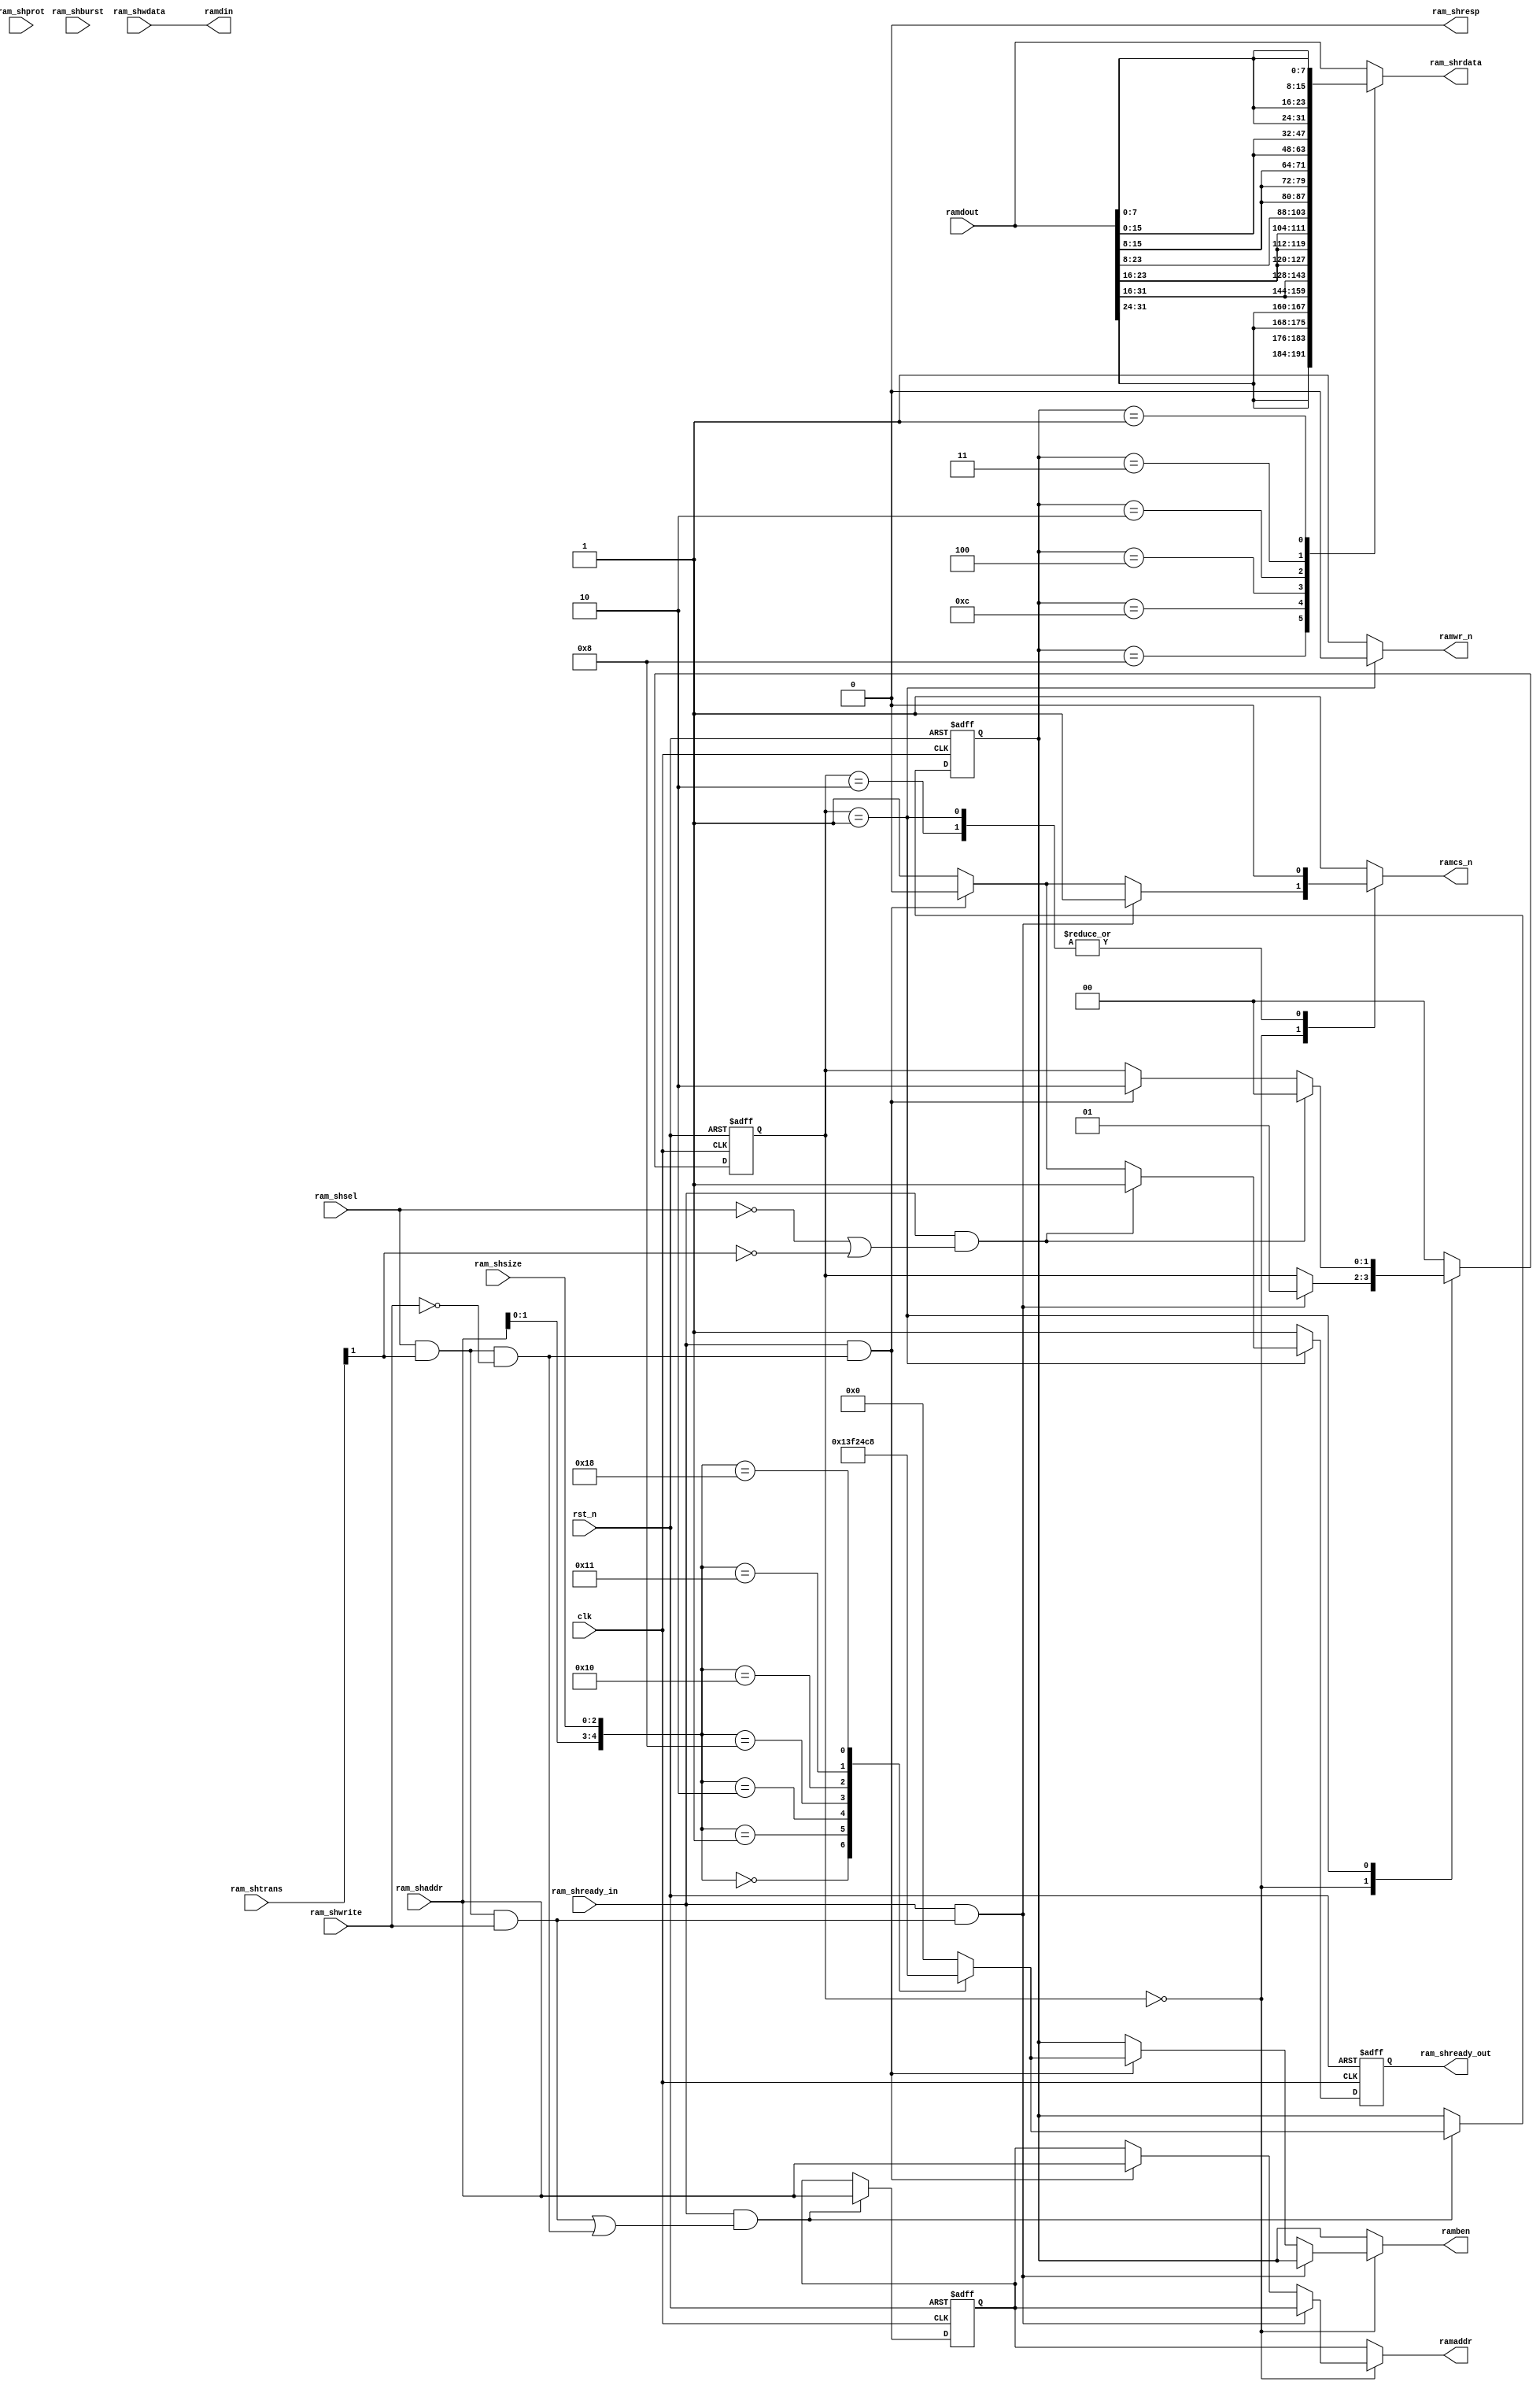

//************************************************************************//
//PODES:    Processor Optimization for Deeply Embedded System                                                                 
//Web:      http://www.mcucore.org                        
//Bug report: sunyata.peng@foxmail.com                                                                          
//Q_Q:   2143971503         
//************************************************************************//
//                                                                          
//  AMY_M0O - A demo MCU based on PODES_M0O Core                              
//                                      
//                                                                  
//************************************************************************//
// Version     : 1.0
// Description : AHB I/F SRAM controller.
//               
// -----------------------------History-----------------------------------//
// Date      BY   Version  Change Description
//
// 20200101  PODES   1.0      Initial Release. 
//                                                                        
//************************************************************************//
// --- CVS information:
// ---    $Author: $
// ---    $Revision: $
// ---    $Id: $
// ---    $Log$ 
//
//************************************************************************//

module  ahb_sram_ctrl
(
        //Ahb clock & reset
          clk,
          rst_n,
        
        //Ahb slave interface
          ram_shready_in,
          ram_shsel,
          ram_shaddr,
          ram_shtrans,
          ram_shwrite,
          ram_shwdata,
          ram_shsize,
          ram_shburst,
          ram_shprot,         
          ram_shrdata,
          ram_shready_out,
          ram_shresp,
        
        //Inner sram interface
          ramcs_n,
          ramaddr,
          ramdout,
          ramdin,
          ramben,
          ramwr_n
          
       );

//-----------------------------------------------------------//
//                          PARAMETERS                       //
//-----------------------------------------------------------//
// AHB slave state machine state
parameter IDLE            = 2'b00;
parameter WRITE           = 2'b01;
parameter WRITE_THEN_READ = 2'b10;

//-----------------------------------------------------------//
//                      INPUTS/OUTPUTS                       //
//-----------------------------------------------------------//  
input          clk;
input          rst_n;

input           ram_shready_in;
input           ram_shsel;
input  [31:0]   ram_shaddr;
input  [1:0]    ram_shtrans;
input           ram_shwrite;
input  [31:0]   ram_shwdata;
input  [2:0]    ram_shsize;  
input  [2:0]    ram_shburst;   
input  [3:0]    ram_shprot;  
output [31:0]   ram_shrdata;           
output          ram_shready_out;
output          ram_shresp;

output          ramcs_n;
output  [31:0]  ramaddr;
input   [31:0]  ramdout;
output  [31:0]  ramdin;
output  [3:0]   ramben;
output          ramwr_n;


//-----------------------------------------------------------//
//                    REGISTERS & WIRES                      //
//-----------------------------------------------------------//
               
reg [31:0]   ram_shrdata;           
reg          ram_shready_out;
wire          ram_shresp;

reg           ramcs_n;
reg  [31:0]   ramaddr;
reg  [31:0]   ramdin;
reg  [3:0]    ramben;
reg           ramwr_n;

reg  [1:0]    current_state;
reg  [1:0]    next_state;


//-----------------------------------------------------------//
//                          ARCHITECTURE                     //
//-----------------------------------------------------------//  
//This design is only valid for 0 waitstate ram/rom.
//if there exists one or more waitstates, it will be wrong.
//wire ram_range = (ram_shaddr[31:29] == 3'b001) ? 1'b1 : 1'b0;

wire ram_ahb_idle = (~ram_shsel) | (~ram_shtrans[1]); 
wire ram_ahb_wr  = ram_shsel & ram_shtrans[1] & ram_shwrite ;//& ram_range;
wire ram_ahb_rd  = ram_shsel & ram_shtrans[1] & ~ram_shwrite;// & ram_range;


//byte enable for little endian
reg [3:0]  byte_en;
always @ *
begin
    case ({ram_shaddr[1:0],ram_shsize})
    5'b00000: byte_en = 4'b0001;
    5'b00001: byte_en = 4'b0011;
    5'b00010: byte_en = 4'b1111;
    5'b01000: byte_en = 4'b0010;
    5'b10000: byte_en = 4'b0100;
    5'b10001: byte_en = 4'b1100;
    5'b11000: byte_en = 4'b1000;
    default : byte_en = 4'b0000; //if error, none byte will be used.
    endcase
end

reg [3:0]       byte_en_reg ;
reg [31:0]      ram_shaddr_reg;
always @(posedge clk or negedge rst_n)
begin
    if (~rst_n)
    begin
       byte_en_reg     <= 4'b0;
       ram_shaddr_reg  <= 32'b0;
    end
    else if (ram_shready_in && (ram_ahb_wr | ram_ahb_rd) )
    begin 
       byte_en_reg     <= byte_en;
       ram_shaddr_reg  <= ram_shaddr;
    end                                 
end


//state transition between read and write access.
reg nxt_ram_shready_out;
always @ (*)
begin
    nxt_ram_shready_out = 1'b1;
    ramcs_n = 1'b1;
    ramwr_n = 1'b1;
    ramben  = byte_en_reg;
    ramaddr = ram_shaddr_reg;
    ramdin  = ram_shwdata;
    next_state = current_state;
    
    case (current_state)
    IDLE:
        begin
          if(ram_shready_in && ram_ahb_wr ) //write at next state
          begin
            next_state = WRITE;
          end
          else if(ram_shready_in && ram_ahb_rd ) //normal read
          begin
            ramcs_n = 1'b0;
            ramaddr = ram_shaddr; 
            ramben  = byte_en;           
          end        
        end
    WRITE:
        begin
          ramcs_n = 1'b0;
          ramwr_n = 1'b0;
          if(ram_shready_in && ram_ahb_idle )  //no access
          begin
            next_state = IDLE;
          end
          else if(ram_shready_in && ram_ahb_rd ) //insert a waitstate for read
          begin
            nxt_ram_shready_out = 1'b0;
            next_state = WRITE_THEN_READ;  
          end  
        end
    WRITE_THEN_READ:
        begin
          ramcs_n = 1'b0; //delayed read operation.
          next_state = IDLE;        
        end
    default:
        begin
          next_state = IDLE;                
        end
    endcase  

end

always @(posedge clk or negedge rst_n)
begin
    if (~rst_n)
    begin
       current_state <= IDLE;
       ram_shready_out <= 1'b1;
    end
    else 
    begin 
       current_state <= next_state;
       ram_shready_out <= nxt_ram_shready_out;
    end                                 
end

assign ram_shresp = 1'b0;


//==========================//
// AHB Slave I/F
//==========================//

  //read data byte mapping for little endian
  always @ *
  begin
      case (byte_en_reg)
      4'b1000: ram_shrdata = {4{ramdout[31:24]}};
      4'b1100: ram_shrdata = {2{ramdout[31:16]}};
      4'b1111: ram_shrdata = ramdout;
      4'b0100: ram_shrdata = {4{ramdout[23:16]}};
      4'b0010: ram_shrdata = {4{ramdout[15:8]}};
      4'b0011: ram_shrdata = {2{ramdout[15:0]}};
      4'b0001: ram_shrdata = {4{ramdout[7:0]}};
      default: ram_shrdata = ramdout;
      endcase
  end

  
endmodule